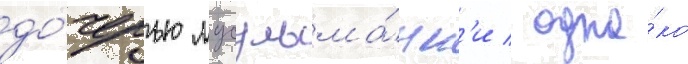
до́черью мусульма́нк'и / одна́ко